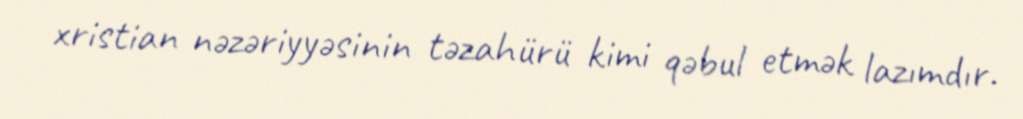
xristian nəzəriyyəsinin təzahürü kimi qəbul etmək lazımdır.